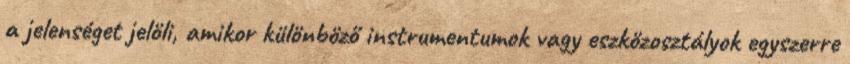
a jelenséget jelöli, amikor különböző instrumentumok vagy eszközosztályok egyszerre